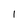
Character: l